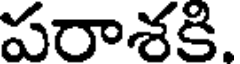
పరాశకి.